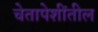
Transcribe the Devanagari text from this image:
चेतापेशींतील